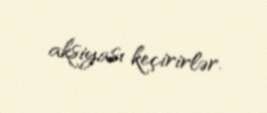
aksiyası keçirirlər.